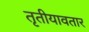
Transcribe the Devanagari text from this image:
तृतीयावतार